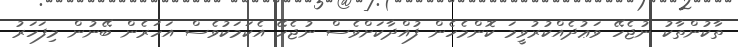
ތާކުންތާކު ނުޖެހޭ ވަޢުދެއްކުރުވީމަ ކޮންމެހެން ފުއްދާކަށްވެސް ނުޖެހޭ އެކަމަކުވެސް އަހަރެން ބޭނުން މިފަހަރު